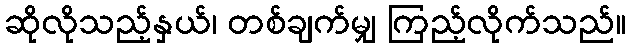
ဆိုလိုသည့်နှယ်၊ တစ်ချက်မျှ ကြည့်လိုက်သည်။